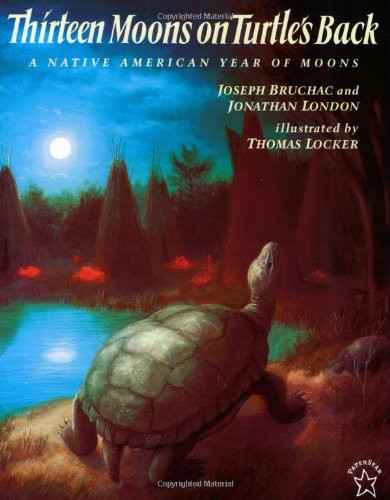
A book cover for Thirteen Moons on Turtle's Back; Joseph Bruchac; Children's Books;